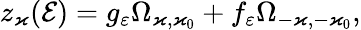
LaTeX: z_{\varkappa}(\mathcal{E})=g_{\varepsilon}\Omega_{\varkappa,\varkappa_{0}}+f_{\varepsilon}\Omega_{-\varkappa,-\varkappa_{0}},